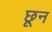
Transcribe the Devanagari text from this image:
छून